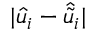
| \hat { u } _ { i } - \hat { \tilde { u } } _ { i } |